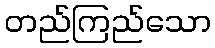
တည်ကြည်သော